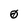
Character: 0